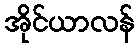
အိုင်ယာလန်